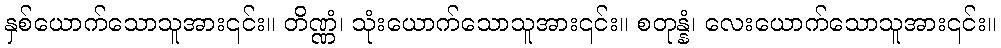
နှစ်ယောက်သောသူအား၎င်း။ တိဏ္ဏံ၊ သုံးယောက်သောသူအား၎င်း။ စတုန္နံ၊ လေးယောက်သောသူအား၎င်း။